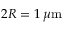
2 R = 1 \, \mu \mathrm { m }